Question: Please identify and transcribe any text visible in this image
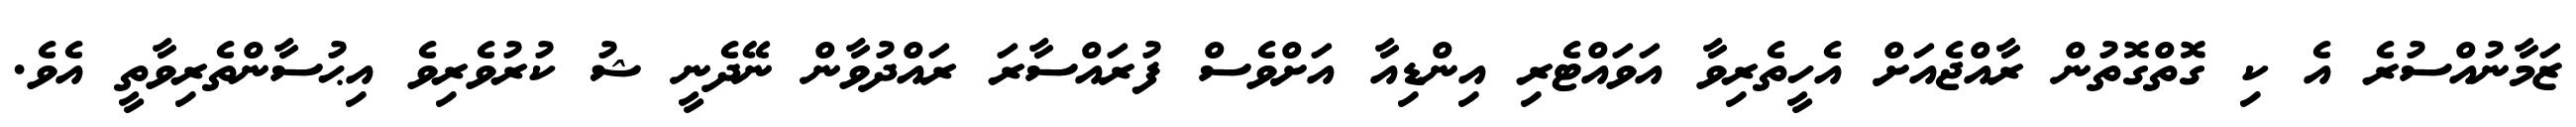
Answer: ޒަމާނުއްސުރެ އެ ކި ގޮތްގޮތުން ރާއްޖެއަށް އެހީތެރިވާ އަވައްޓެރި އިންޑިއާ އަށްވެސް ފުރައްސާރަ ރައްދުވާން ނޭދެނީ ޝު ކުރުވެރިވެ އިޙުސާންތެރިވާތީ އެވެ.